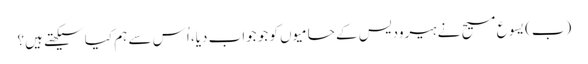
‏ (‏ب)‏ یسوع مسیح نے ہیرودیس کے حامیوں کو جو جواب دیا،‏ اُس سے ہم کیا سیکھتے ہیں؟